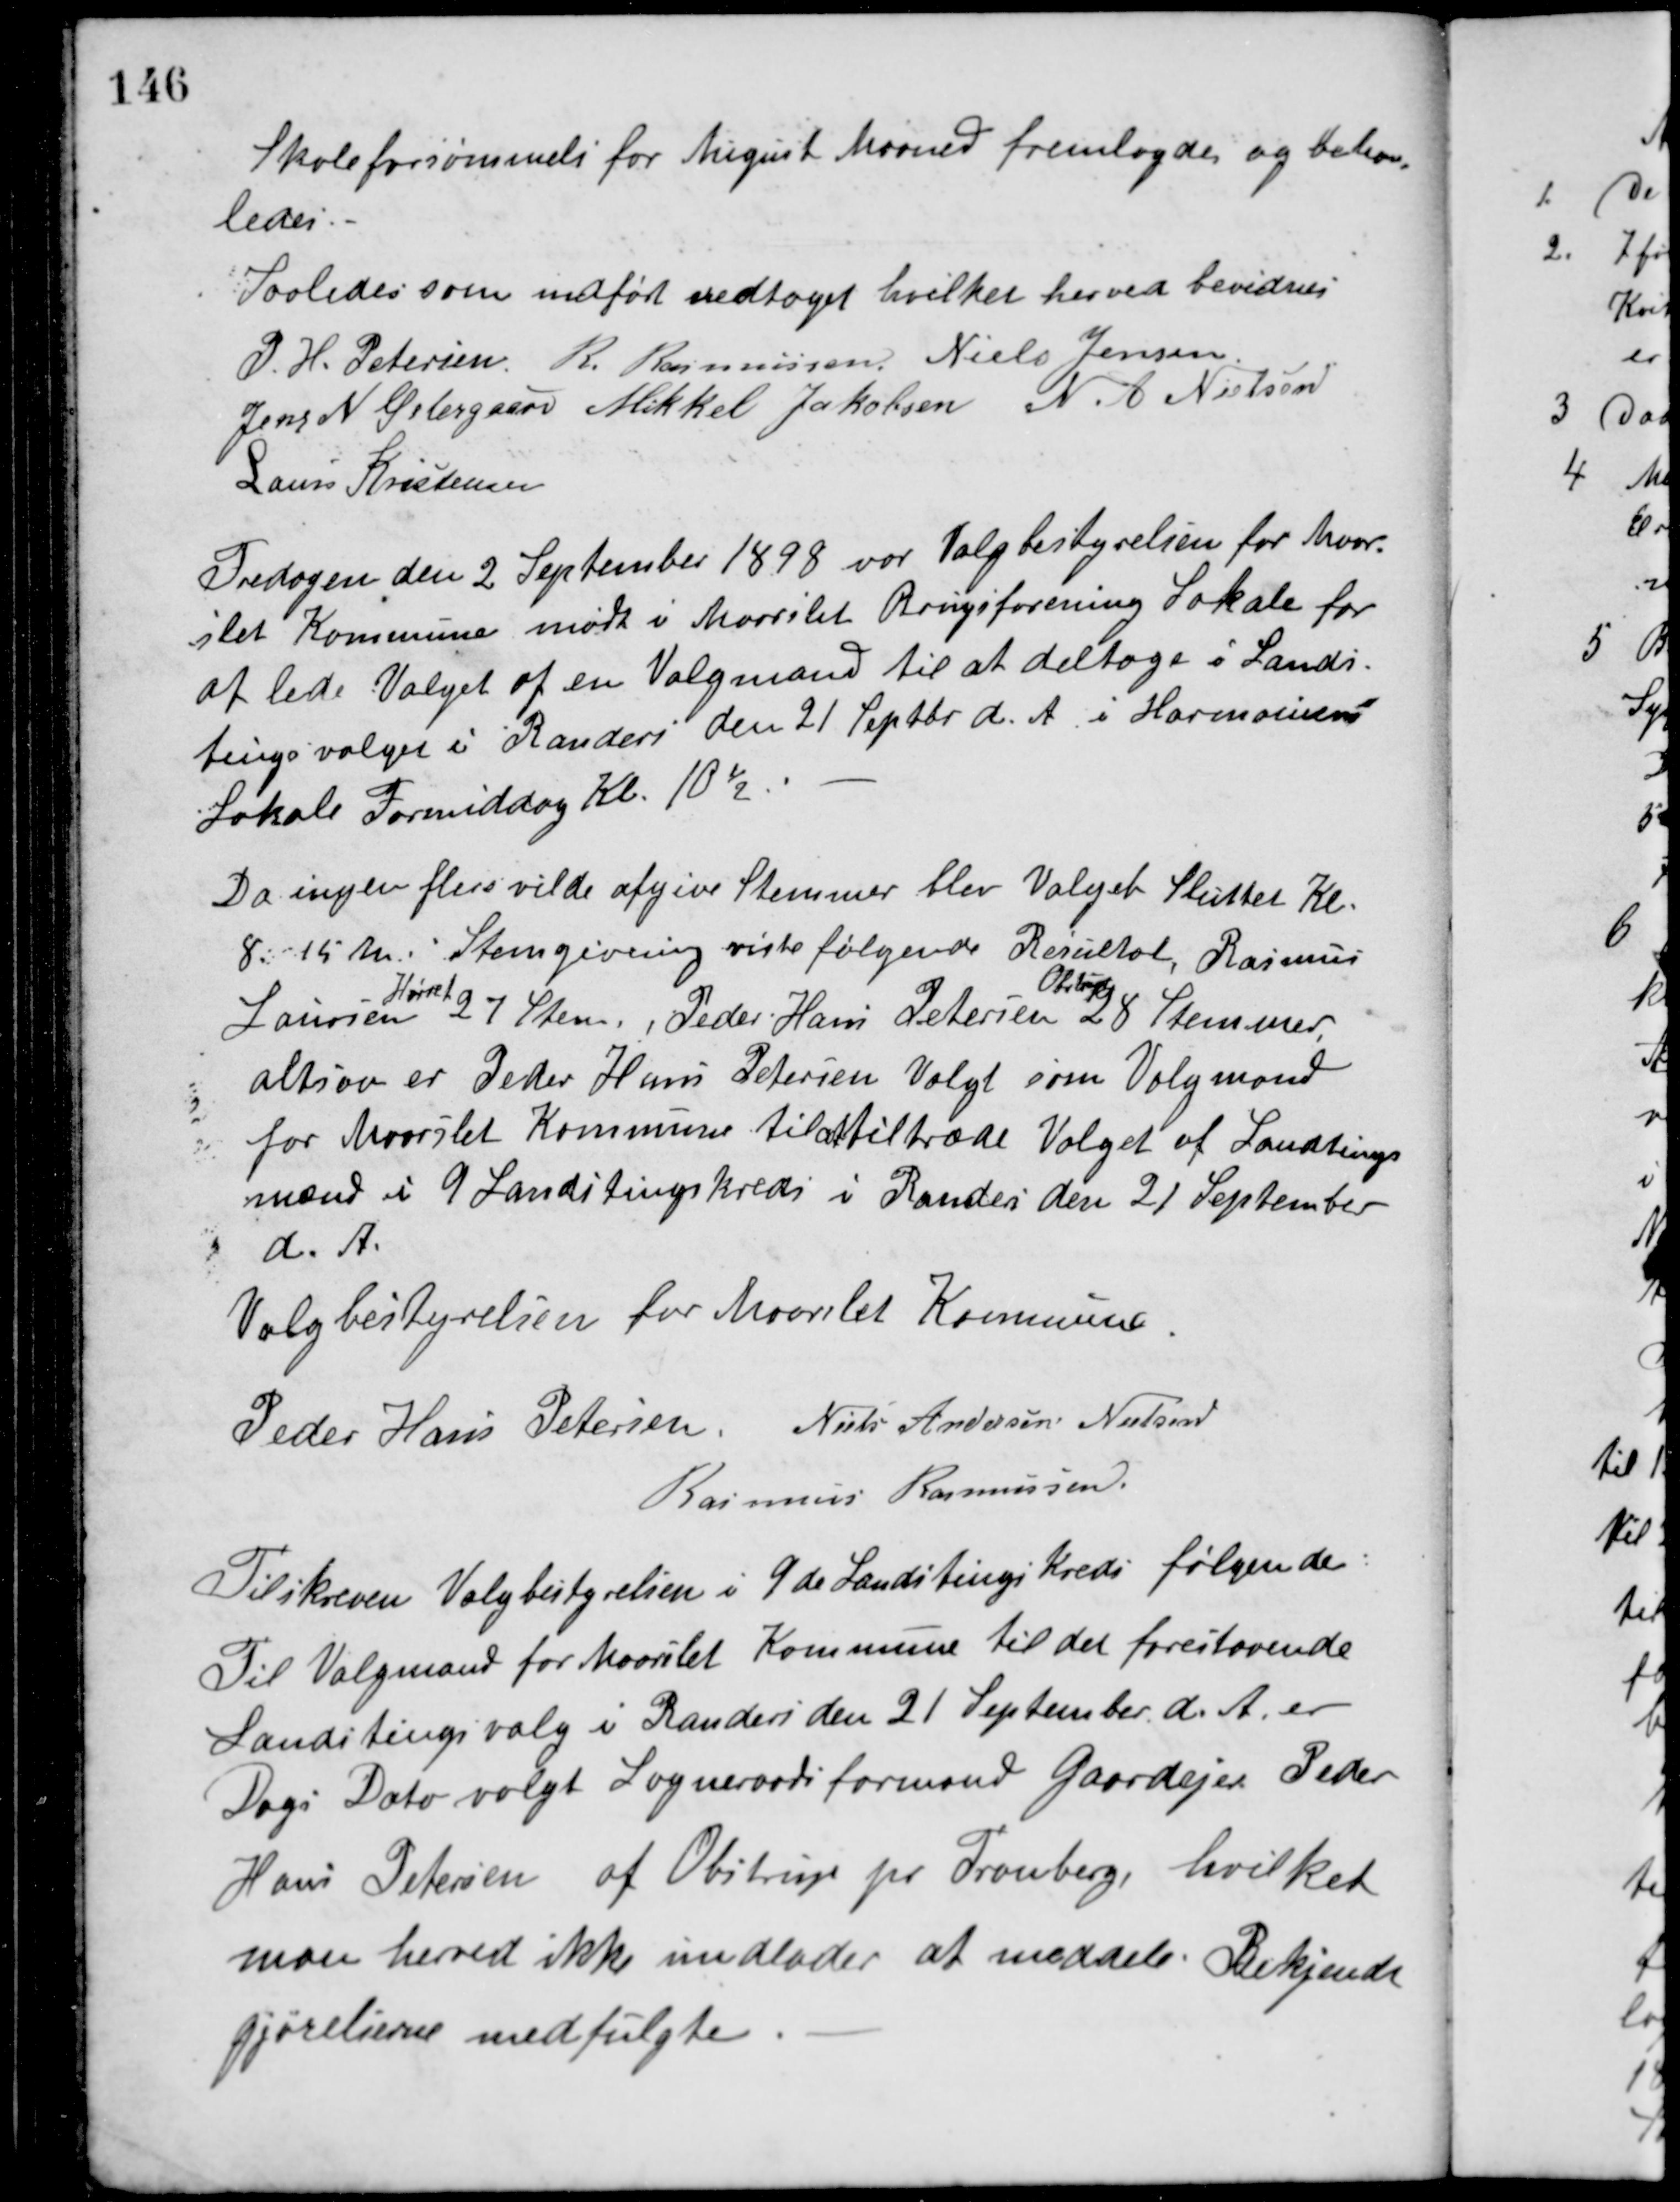
Transskription:
Skoleforsømmelse for August Maaned fremlagdes og behan-
ledes.
Saaledes som indført vedtaget hvilket herved bevidnes
P. H. Petersen R. Rasmussen Niels Jensen
Jens N. Østergaard Mikkel Jakobsen N. A. Nielsen
Laurs Kristensen
Fredagen den 2 September 1898 var Valgbestyrelsen for Maar-
slet Kommune mødt i Maarslet Brugsforening Lokale for
at lede Valget af en Valgmand til at deltage i Lands-
tingsvalget i Randers den 21 Septbr. d. A. i Harmoniens
Lokale Formiddag Kl. 10½.
Da ingen flere vilde afgive Stemmer blev Valget Sluttet Kl.
8 15 M. Stemgivning viste følgende Resultat, Rasmus
Laursen
Hørret
27 Stem., Peder Hans Petersen
Obstrup
28 Stemmer
altsaa er Peder Hans Petersen Valgt som Valgmand
for Maarslet Kommune til at tiltræde Valget af Landstings-
mænd i 9 Landstingskreds i Randers den 21 September
d. A.
Valgbestyrelsen for Maarslet Kommune
Peder Hans Petersen Niels Andersen Nielsen
Rasmus Rasmussen
Tilskreven Valgbestyrelsen i 9 de Landstingskreds følgende:
Til Valgmand for Maarslet Kommune til det forestaaende
Landstingsvalg i Randers den 21 September d. A. er
Dags Dato valgt Sogneraadsformand Gaardejer Peder
Hans Petersen af Obstrup pr. Tranberg, hvilket
man herved ikke undlader at meddele. Bekjend-
gjørelserne medfulgte.